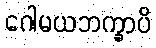
ဂေါမယဘက္ခာပိ